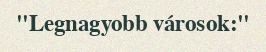
"Legnagyobb városok:"